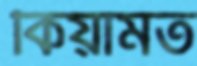
কিয়ামত